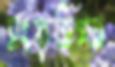
সংস্কৃতিগত